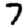
Digit: 7